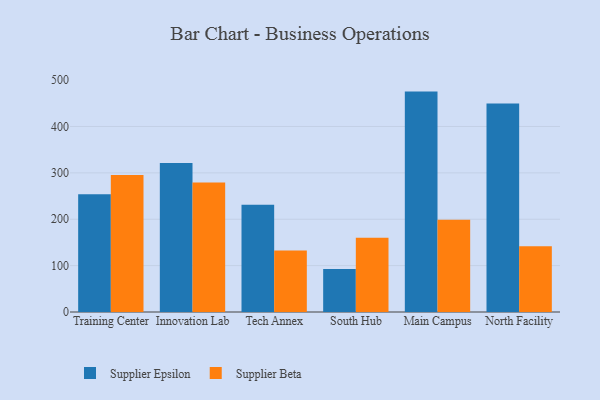
{"axis": {"x": "Campus", "y": "Population (Million)"}, "legend": ["Supplier Beta", "Supplier Epsilon"], "data": [{"x": "Training Center", "y": 253.8, "type": "Supplier Epsilon"}, {"x": "Training Center", "y": 295.2, "type": "Supplier Beta"}, {"x": "Innovation Lab", "y": 321.4, "type": "Supplier Epsilon"}, {"x": "Innovation Lab", "y": 279.2, "type": "Supplier Beta"}, {"x": "Tech Annex", "y": 231.3, "type": "Supplier Epsilon"}, {"x": "Tech Annex", "y": 132.6, "type": "Supplier Beta"}, {"x": "South Hub", "y": 92.7, "type": "Supplier Epsilon"}, {"x": "South Hub", "y": 160.1, "type": "Supplier Beta"}, {"x": "Main Campus", "y": 475.2, "type": "Supplier Epsilon"}, {"x": "Main Campus", "y": 199.1, "type": "Supplier Beta"}, {"x": "North Facility", "y": 449.3, "type": "Supplier Epsilon"}, {"x": "North Facility", "y": 142.0, "type": "Supplier Beta"}]}